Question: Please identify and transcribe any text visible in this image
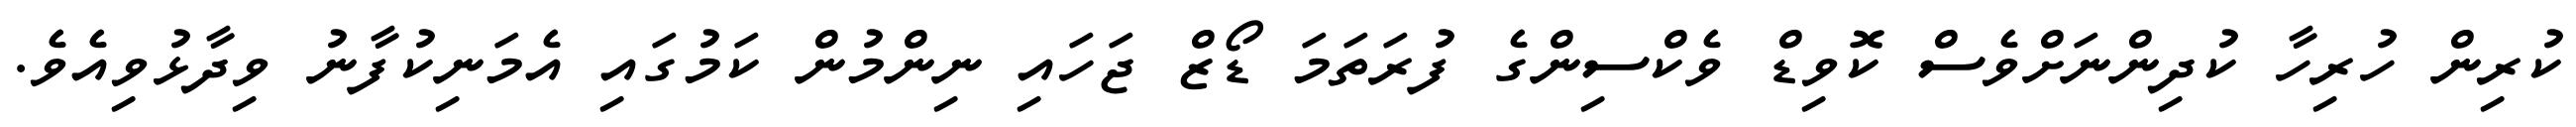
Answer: ކުރިން ހުރިހާ ކުދިންނަށްވެސް ކޮވިޑް ވެކްސިންގެ ފުރަތަމަ ޑޯޒް ޖަހައި ނިންމުން ކަމުގައި އެމަނިކުފާނު ވިދާޅުވިއެވެ.